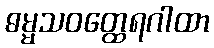
ဓမ္မသဝတ္ထေရဂါထာ